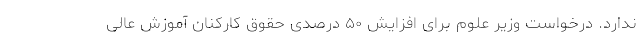
ندارد. درخواست وزیر علوم برای افزایش ۵۰ درصدی حقوق کارکنان آموزش عالی